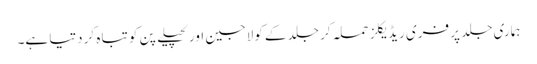
ہماری جلد پر فری ریڈیکلز حملہ کر جلد کے کولاجین اور لچیلے پن کو تباہ کر دتیا ہے۔